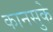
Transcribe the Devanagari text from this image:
कानसुके